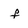
Character: f